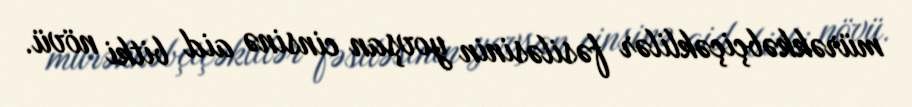
mürəkkəbçiçəklilər fəsiləsinin yovşan cinsinə aid bitki növü.